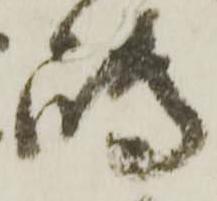
嶋